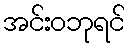
အင်းဝဘုရင်